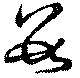
數